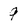
Character: 9